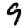
Digit: 9